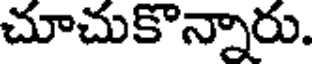
చూచుకొన్నారు.